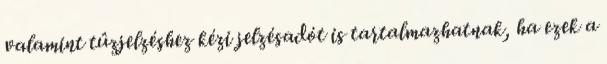
valamint tûzjelzéshez kézi jelzésadót is tartalmazhatnak, ha ezek a